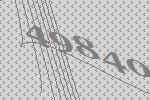
49840